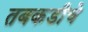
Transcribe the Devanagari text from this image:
तबकडीचे